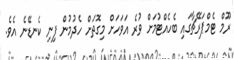
ރޫމް ޓެމްޕަރޭޗާގައި ބެހެއްޓުމަށް ވުރެ އަވަހަށް މިގޮތަށް ހެދުމުން ފިނި ކެނޑޭނެ އެވެ.